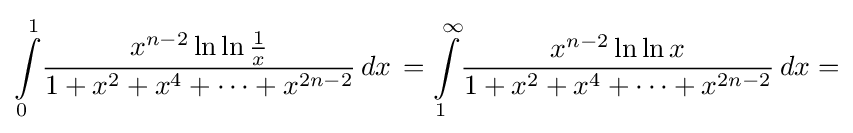
\int \limits _{0}^{1}\!{\frac {x^{n-2}\ln \ln {\frac {1}{x}}}{1+x^{2}+x^{4}+\cdots +x^{2n-2}}}\,dx\,=\int \limits _{1}^{\infty }\!{\frac {x^{n-2}\ln \ln {x}}{1+x^{2}+x^{4}+\cdots +x^{2n-2}}}\,dx=